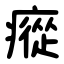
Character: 瘲